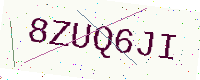
Text: 8ZUQ6JI